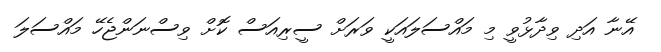
އޭނާ އަދި ވިދާޅުވީ މި މައްސަލައަކީ ވަރަށް ސީރިއަސް ކޮށް ވިސްނަންޖެހޭ މައްސަލަ